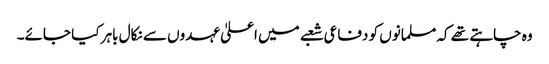
وہ چاہتے تھے کہ مسلمانوں کو دفاعی شعبے میں اعلیٰ عہدوں سے نکال باہر کیا جائے۔